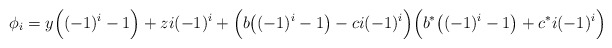
\begin{align*}\phi_i = y\Big((-1)^i-1\Big)+zi(-1)^{i} + \Big(b\big((-1)^i-1\big)-ci(-1)^i\Big)\Big(b^*\big((-1)^i-1\big)+c^*i(-1)^i\Big)\end{align*}